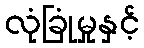
လုံခြုံမှုနှင့်